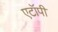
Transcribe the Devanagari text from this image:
एटॉपी